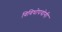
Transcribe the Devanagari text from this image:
विविधोपयोगी